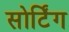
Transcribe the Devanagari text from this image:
सोर्टिंग